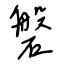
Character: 磐